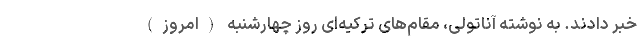
خبر دادند. به نوشته آناتولی، مقام‌های ترکیه‌ای روز چهارشنبه (امروز)